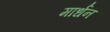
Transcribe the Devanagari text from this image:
मार्धन